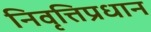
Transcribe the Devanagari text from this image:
निवृत्तिप्रधान